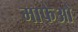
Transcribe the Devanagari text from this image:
माफेओ